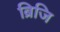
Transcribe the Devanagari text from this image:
ब्रिजि